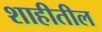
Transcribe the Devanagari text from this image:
शाहीतील